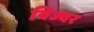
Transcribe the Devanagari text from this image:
विज्वर